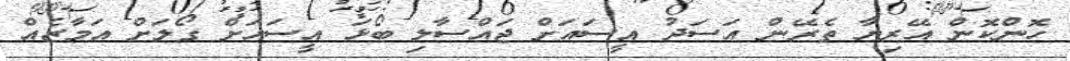
ހޮންކޮން އޭރިޔާ ތެރޭން އަސަދު އީސައަށް ޖައްސާލި ބޯޅަ އީސައަށް ގޯލަށް އަމާޒެއް